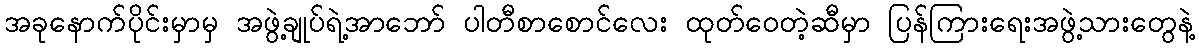
အခုနောက်ပိုင်းမှာမှ အဖွဲ့ချုပ်ရဲ့အာဘော် ပါတီစာစောင်လေး ထုတ်ဝေတဲ့ဆီမှာ ပြန်ကြားရေးအဖွဲ့သားတွေနဲ့